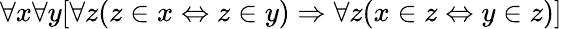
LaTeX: \forall x\forall y[\forall z(z\in x\Leftrightarrow z\in y)\Rightarrow\forall z(x\in z\Leftrightarrow y\in z)]